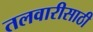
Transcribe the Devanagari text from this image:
तलवारीसाठी